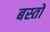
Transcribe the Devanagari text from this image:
बस्तों